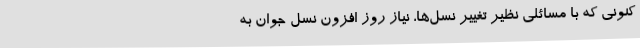
کنونی که با مسائلی نظیر تغییر نسل‌ها، نیاز روز افزون نسل جوان به